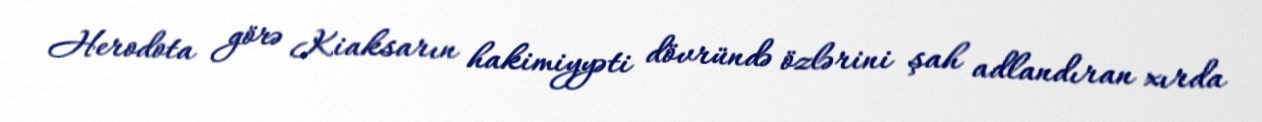
Herodota görə Kiaksarın hakimiyyəti dövründə özlərini şah adlandıran xırda